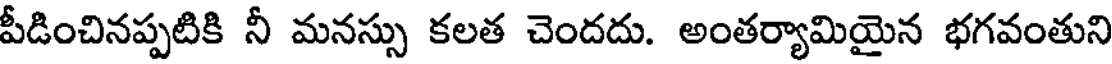
పీడించినప్పటికి నీ మనస్సు కలత చెందదు. అంతర్యామియైన భగవంతుని